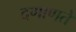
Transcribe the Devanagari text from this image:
दणाणते